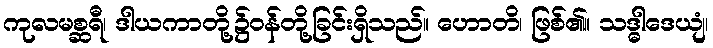
ကုလမစ္ဆရီ၊ ဒါယကာတို့၌ဝန်တို့ခြင်းရှိသည်။ ဟောတိ၊ ဖြစ်၏။ သဒ္ဓါဒေယျံ၊